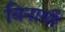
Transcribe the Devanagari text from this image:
बिनागी